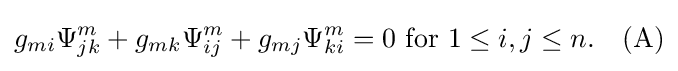
g_{mi}\Psi _{jk}^{m}+g_{mk}\Psi _{ij}^{m}+g_{mj}\Psi _{ki}^{m}=0{\mbox{ for }}1\leq i,j\leq n.\quad {\mbox{(A)}}